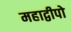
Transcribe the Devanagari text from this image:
महाद्वीपो